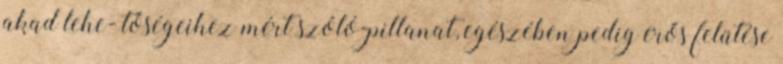
akad lehe- tőségeihez mért szóló-pillanat, egészében pedig erős felütése